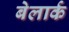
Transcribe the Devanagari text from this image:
बेलार्क